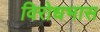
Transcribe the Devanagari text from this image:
विरोधभास